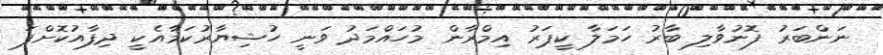
ނަންބަރު ފޮނުވާލި ބާރު ހަމަލާ ކީޕަރު އިމްރާން މުހައްމަދު ވަނީ ހުޝިޔާރުކަމާއެކީ ދިފާއުކޮށްފަ